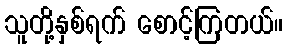
သူတို့နှစ်ရက် စောင့်ကြတယ်။